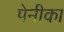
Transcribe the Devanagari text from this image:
पेनीका